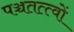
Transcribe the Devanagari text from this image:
पञ्चतत्त्वों